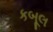
કબૂલ